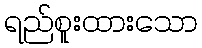
ရည်စူးထားသော